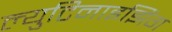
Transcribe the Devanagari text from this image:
ल्युटिनाइझिंग